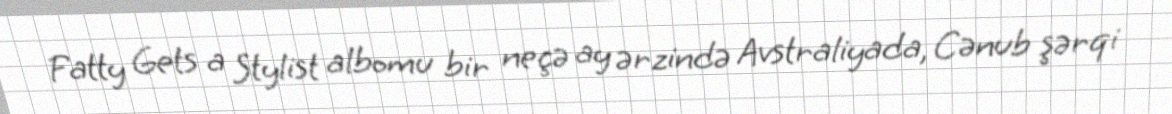
Fatty Gets a Stylist albomu bir neçə ay ərzində Avstraliyada, Cənub şərqi